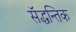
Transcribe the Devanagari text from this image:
सॅद्धन्तिक